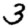
Digit: 3